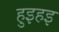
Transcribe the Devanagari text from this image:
हुइहइ